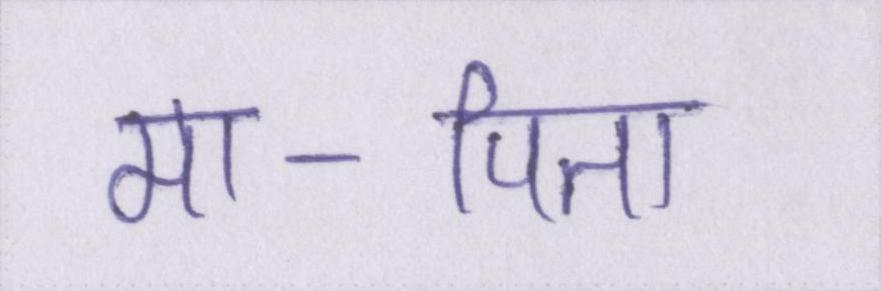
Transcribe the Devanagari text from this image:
मा-पिता